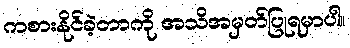
ကစားနိုင်ခဲ့တာကို အသိအမှတ်ပြုရမှာပါ။